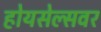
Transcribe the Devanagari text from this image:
होयसेल्सवर